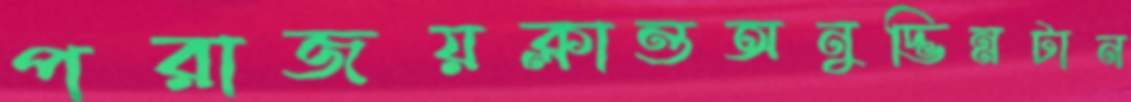
পরাজয়ক্লান্তঅনুদ্ভিন্নটান